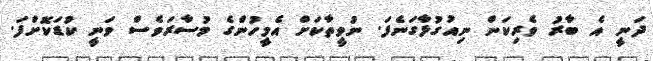
ދަނީ އެ ބާރު ވެރިކަން ނިއުގުޅާގަނެފަ. ނުވީތާކަށް އެމީހުންގެ މުސާރަވެސް ވަނީ ކުޑަކޮށްފަ.